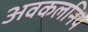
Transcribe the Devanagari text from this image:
अवकलनिय